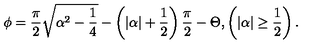
\phi = \frac { \pi } { 2 } \sqrt { \alpha ^ { 2 } - \frac { 1 } { 4 } } - \left( | \alpha | + \frac { 1 } { 2 } \right) \frac { \pi } { 2 } - \Theta , \left( | \alpha | \geq \frac { 1 } { 2 } \right) .